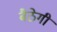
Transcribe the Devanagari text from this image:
बैठेगी